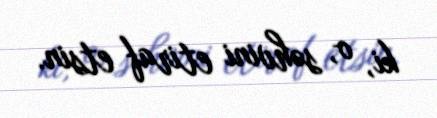
ki, o, səhvini etiraf etsin.